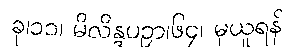
ခု၊၁၁၊ မိလိန္ဒပဉှာ၊၆၄၊ မှယူရန်